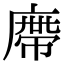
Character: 廗